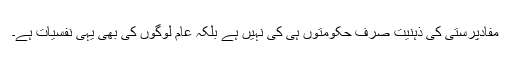
مفادپرستی کی ذہنیت صرف حکومتوں ہی کی نہیں ہے بلکہ عام لوگوں کی بھی یہی نفسیات ہے۔